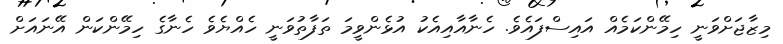
މިޒާޖަށްވަނީ ހިމޭންކަމެއް އައިސްފައެވެ. ހެނާއާއިއެކު އުޅެންވީމަ ތަފާތުވަނީ ހެއްޔެވެ ހެނާގެ ހިމޭންކަން އޭނައަށް